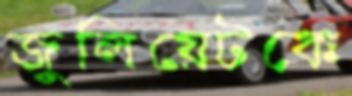
জুলিয়েটকে